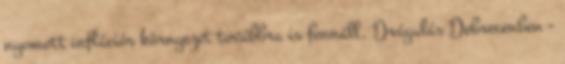
nyomott inflációs környezet továbbra is fennáll. Drágulás Debrecenben -